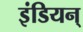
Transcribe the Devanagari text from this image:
इंडियन्